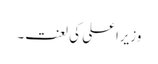
وزیراعلی کی لعنت۔